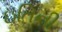
ઇતિની